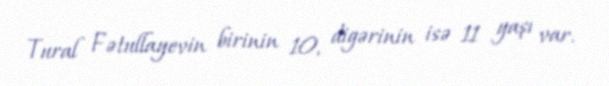
Tural Fətullayevin birinin 10, digərinin isə 11 yaşı var.